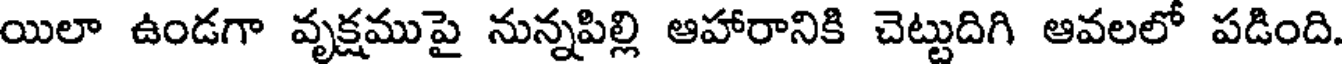
యిలా ఉండగా వృక్షముపై నున్నపిల్లి ఆహారానికి చెట్టుదిగి ఆవలలో పడింది.